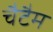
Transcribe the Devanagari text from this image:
चैटैम